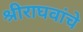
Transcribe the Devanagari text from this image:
श्रीराघवांचे